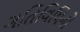
ગતિવિધિનો